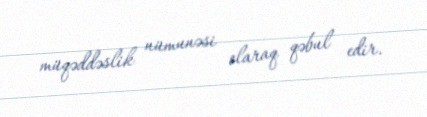
müqəddəslik nümunəsi olaraq qəbul edir.